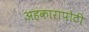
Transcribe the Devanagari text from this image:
अहंकारापोटी